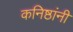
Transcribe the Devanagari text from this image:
कनिष्ठांनी